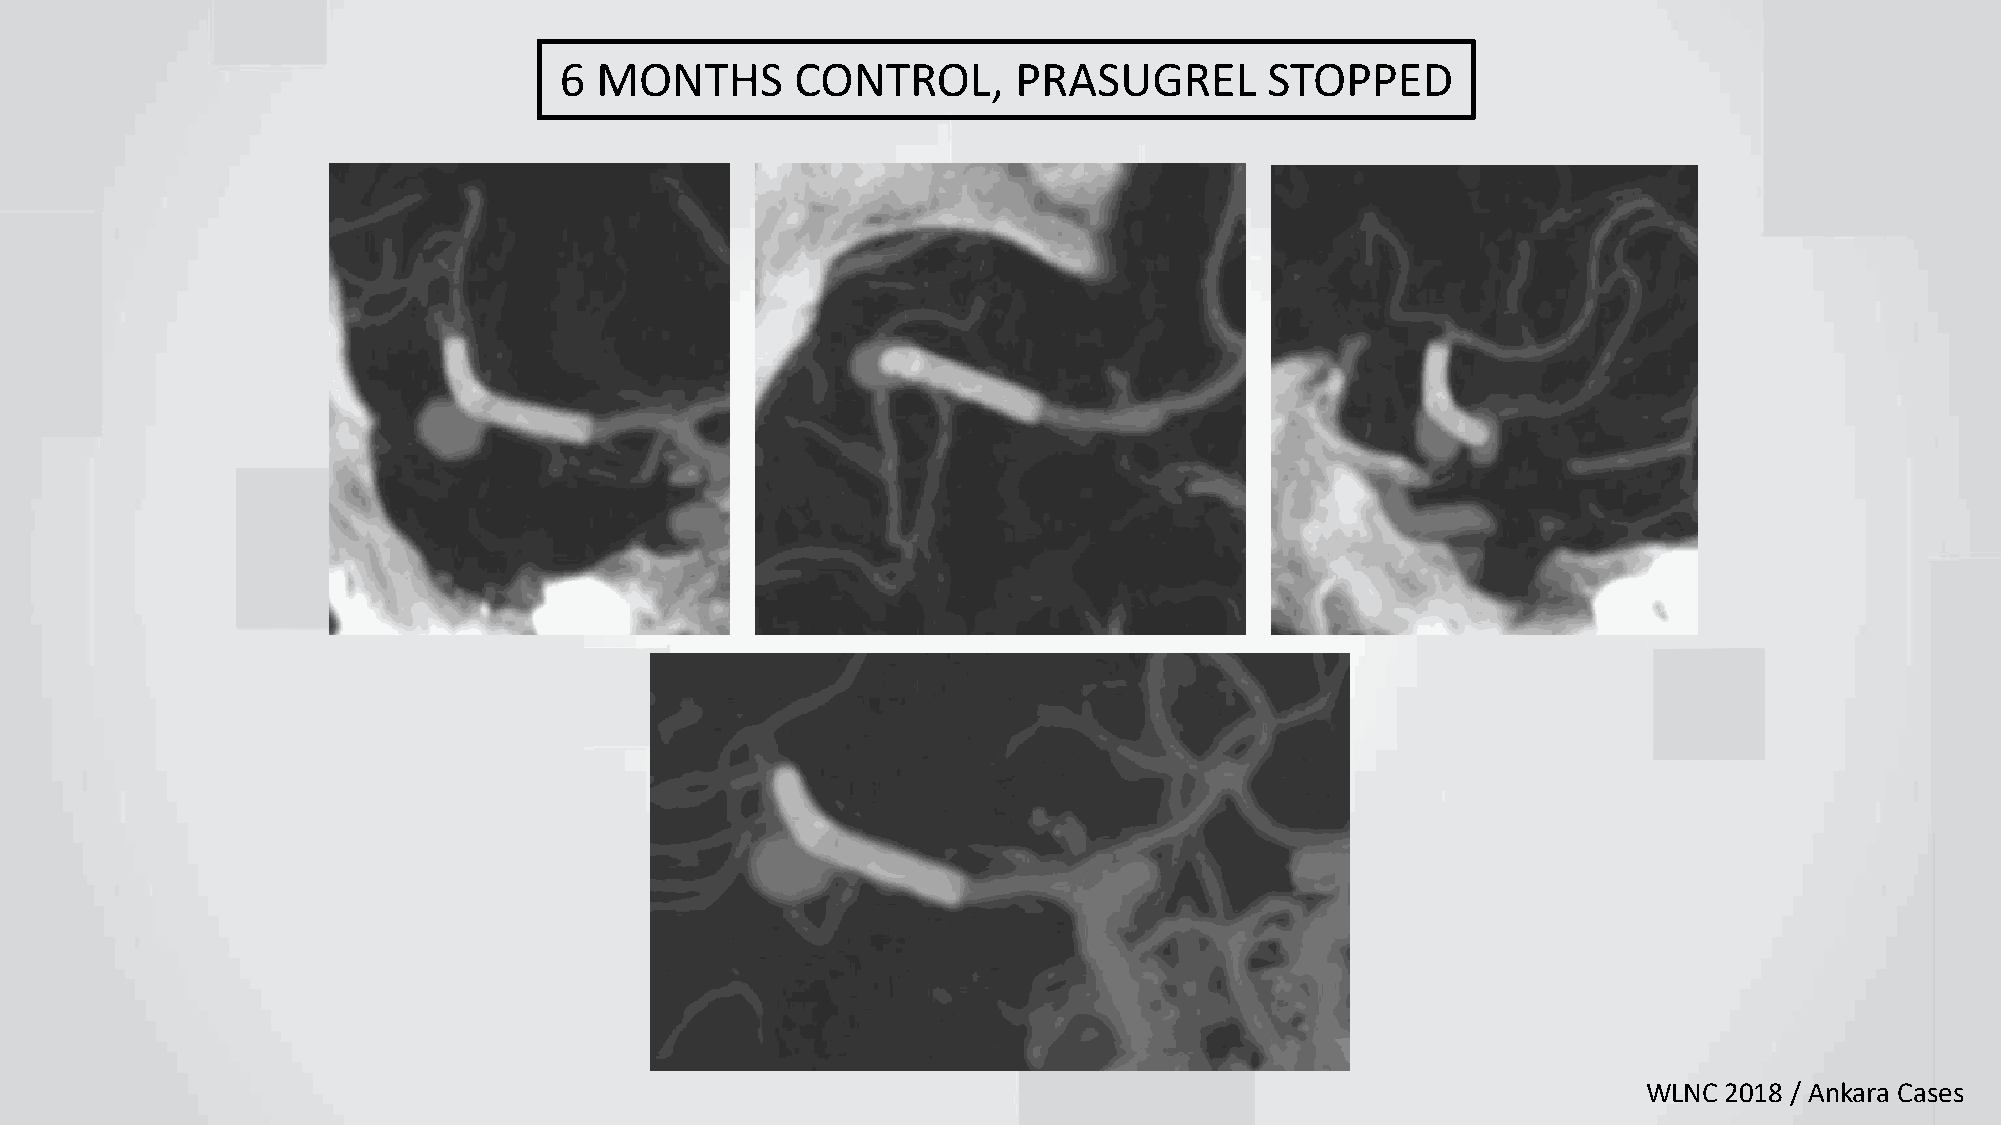
6 MONTHS        CONTROL,      PRASUGREL        STOPPED
 WLNC 2018 / Ankara Cases